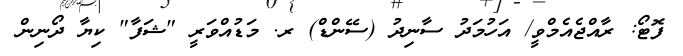
ފޮޓޯ: ރާއްޖެއެމްވީ/ އަހުމަދު ސާނިދު (ސޭންޑް) ރ. މަޑުއްވަރީ "ޝަފާ" ކިޔާ ދޯނިން